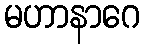
မဟာနာဂေ